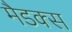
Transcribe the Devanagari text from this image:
मैडक्स